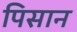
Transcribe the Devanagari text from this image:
पिसान